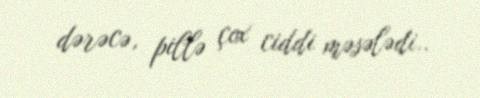
dərəcə, pillə çox ciddi məsələdi..